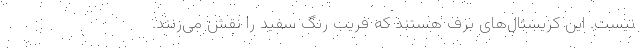
نیست. این کریستال‌های برف هستند که فریب رنگ سفید را نقش می‌زنند.